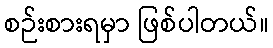
စဉ်းစားရမှာ ဖြစ်ပါတယ်။